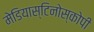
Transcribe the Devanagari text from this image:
मेडियास्टिनोस्कोपी